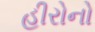
હીરોનો